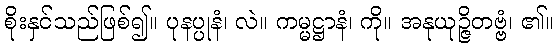
စိုးနှင်သည်ဖြစ်၍။ ပုနပ္ပုနံ၊ လဲ။ ကမ္မဋ္ဌာနံ၊ ကို။ အနုယုဉ္ဇိတဗ္ဗံ၊ ၏။